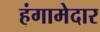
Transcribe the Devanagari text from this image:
हंगामेदार